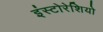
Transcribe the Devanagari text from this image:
इंस्टोरेशियो